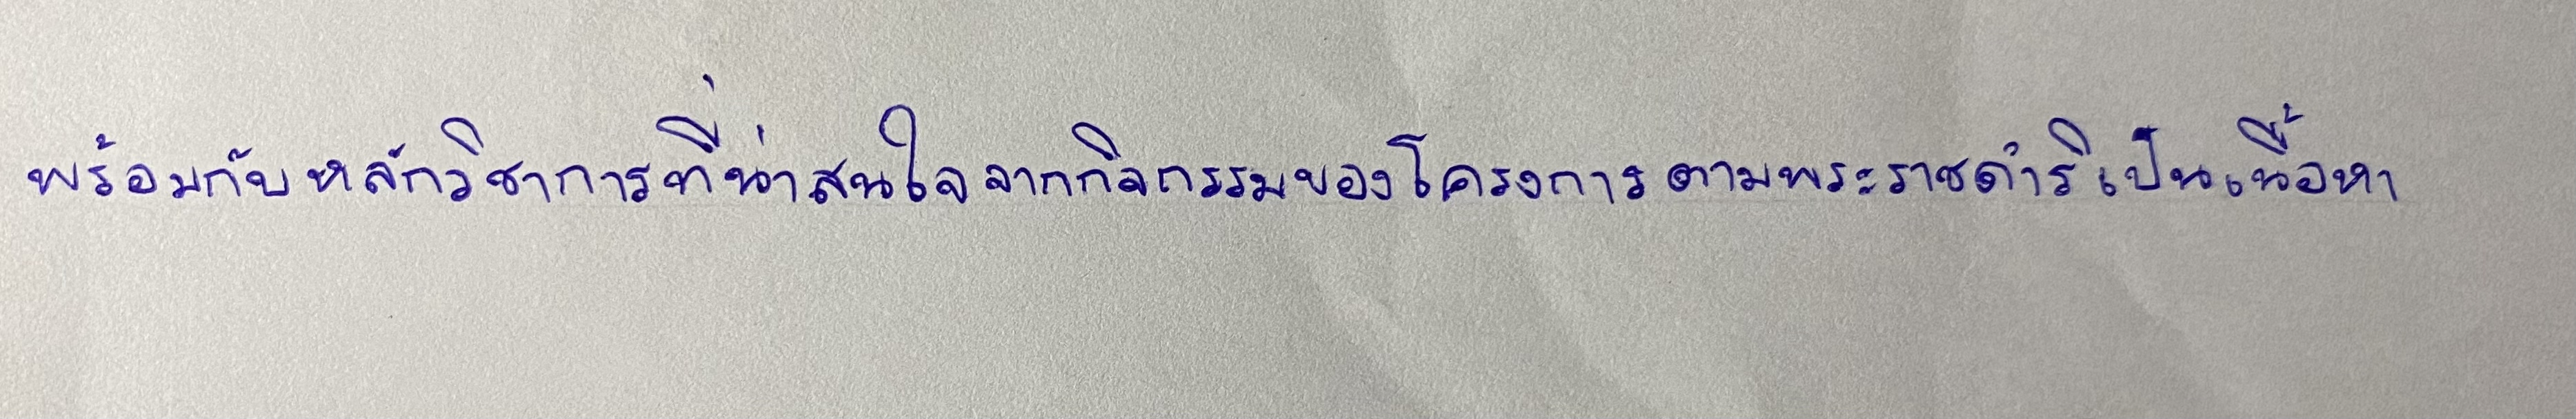
พร้อมกับหลักวิชาการที่น่าสนใจจากกิจกรรมของโครงการตามพระราชดำริเป็นเนื้อหา